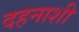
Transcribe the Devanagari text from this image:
दहनाशी